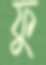
ফু